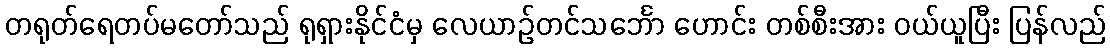
တရုတ်ရေတပ်မတော်သည် ရုရှားနိုင်ငံမှ လေယာဉ်တင်သင်္ဘော ဟောင်း တစ်စီးအား ဝယ်ယူပြီး ပြန်လည်